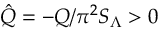
\hat { Q } = - Q / \pi ^ { 2 } S _ { \Lambda } > 0